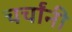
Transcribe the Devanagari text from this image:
चर्चांनी